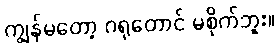
ကျွန်မတော့ ဂရုတောင် မစိုက်ဘူး။